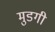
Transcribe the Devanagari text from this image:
मुडगी